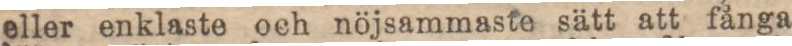
eller enklaste och nöjsammaste sätt att fånga